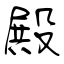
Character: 殿